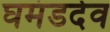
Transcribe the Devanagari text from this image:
घमंडदेव